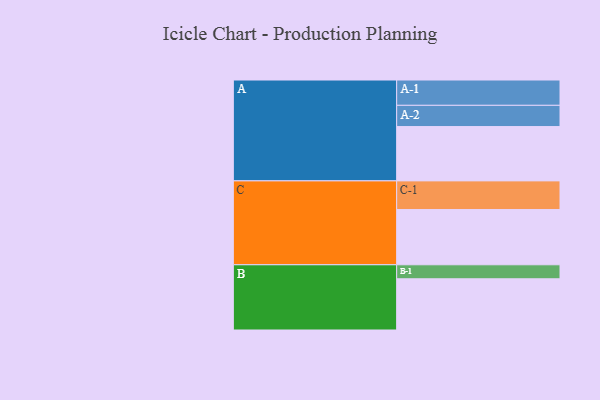
{"axis": {"x": "Segment", "y": "Value"}, "legend": ["", "A", "B", "C"], "data": [{"x": "A", "y": 562, "type": ""}, {"x": "B", "y": 530, "type": ""}, {"x": "C", "y": 572, "type": ""}, {"x": "A-1", "y": 262, "type": "A"}, {"x": "A-2", "y": 220, "type": "A"}, {"x": "B-1", "y": 145, "type": "B"}, {"x": "C-1", "y": 296, "type": "C"}]}